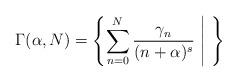
LaTeX: \begin{gather*}\Gamma(\alpha,N)= \left\{ \sum_{n=0}^{N} \frac{\gamma_n}{(n+\alpha)^s} ~\middle|~ \right\}\end{gather*}